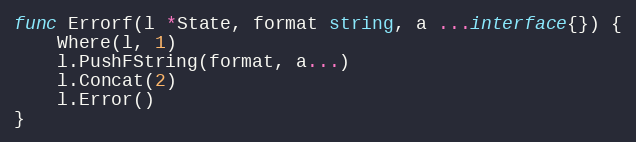
Language: Go
func Errorf(l *State, format string, a ...interface{}) {
	Where(l, 1)
	l.PushFString(format, a...)
	l.Concat(2)
	l.Error()
}